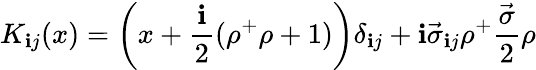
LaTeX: K_{\mathbf{i}j}(x)=\left(x+\frac{{\mathbf{i}}}{{2}}(\rho^{+}\rho+1)\right)\delta_{\mathbf{i}j}+\mathbf{i}\vec{{\sigma}}_{\mathbf{i}j}\rho^{+}\frac{{\vec{{\sigma}}}}{{2}}\rho